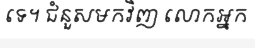
ទេ។ ជំនួសមកវិញ លោកអ្នក